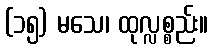
(၁၅) မသေ၊ ထုလ္လစ္စည်း။